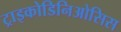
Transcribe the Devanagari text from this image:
ट्राइकोडिनिओसिस